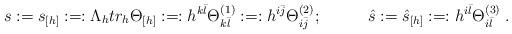
LaTeX: \begin{align*} s:= s_{[h]} :=: \Lambda_h tr_h \Theta_{[h]} :=: h^{k\bar{l}}\Theta^{(1)}_{k\bar{l}} :=: h^{i\bar{j}} \Theta^{(2)}_{i\bar{j}} ; \; \; \; \; \; \; \; \; \; \; \hat s : = {\hat s}_{[h]} :=: h^{i \bar{l}} \Theta^{(3)}_{i\bar{l}} \; . \end{align*}